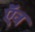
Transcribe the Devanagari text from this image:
ऍव